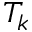
T _ { k }